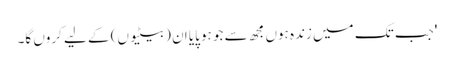
'جب تک میں زندہ ہوں مجھ سے جو ہو پایا ان (بیٹیوں) کے لیے کروں گا۔